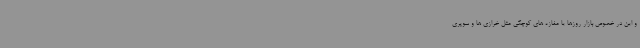
و این در خصوص بازار روزها یا مغازه های کوچکی مثل خرازی ها و سوپری